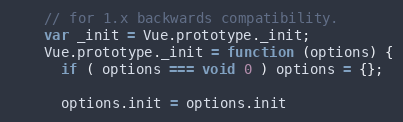
Language: JavaScript
    // for 1.x backwards compatibility.
    var _init = Vue.prototype._init;
    Vue.prototype._init = function (options) {
      if ( options === void 0 ) options = {};

      options.init = options.init